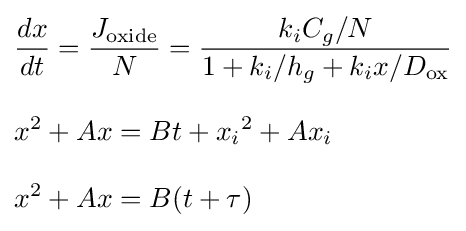
{\begin{aligned}&{\frac {dx}{dt}}={\frac {J_{\text{oxide}}}{N}}={\frac {k_{i}C_{g}/N}{1+k_{i}/h_{g}+k_{i}x/D_{\text{ox}}}}\\[8pt]&x^{2}+Ax=Bt+{x_{i}}^{2}+Ax_{i}\\[8pt]&x^{2}+Ax=B(t+\tau )\end{aligned}}